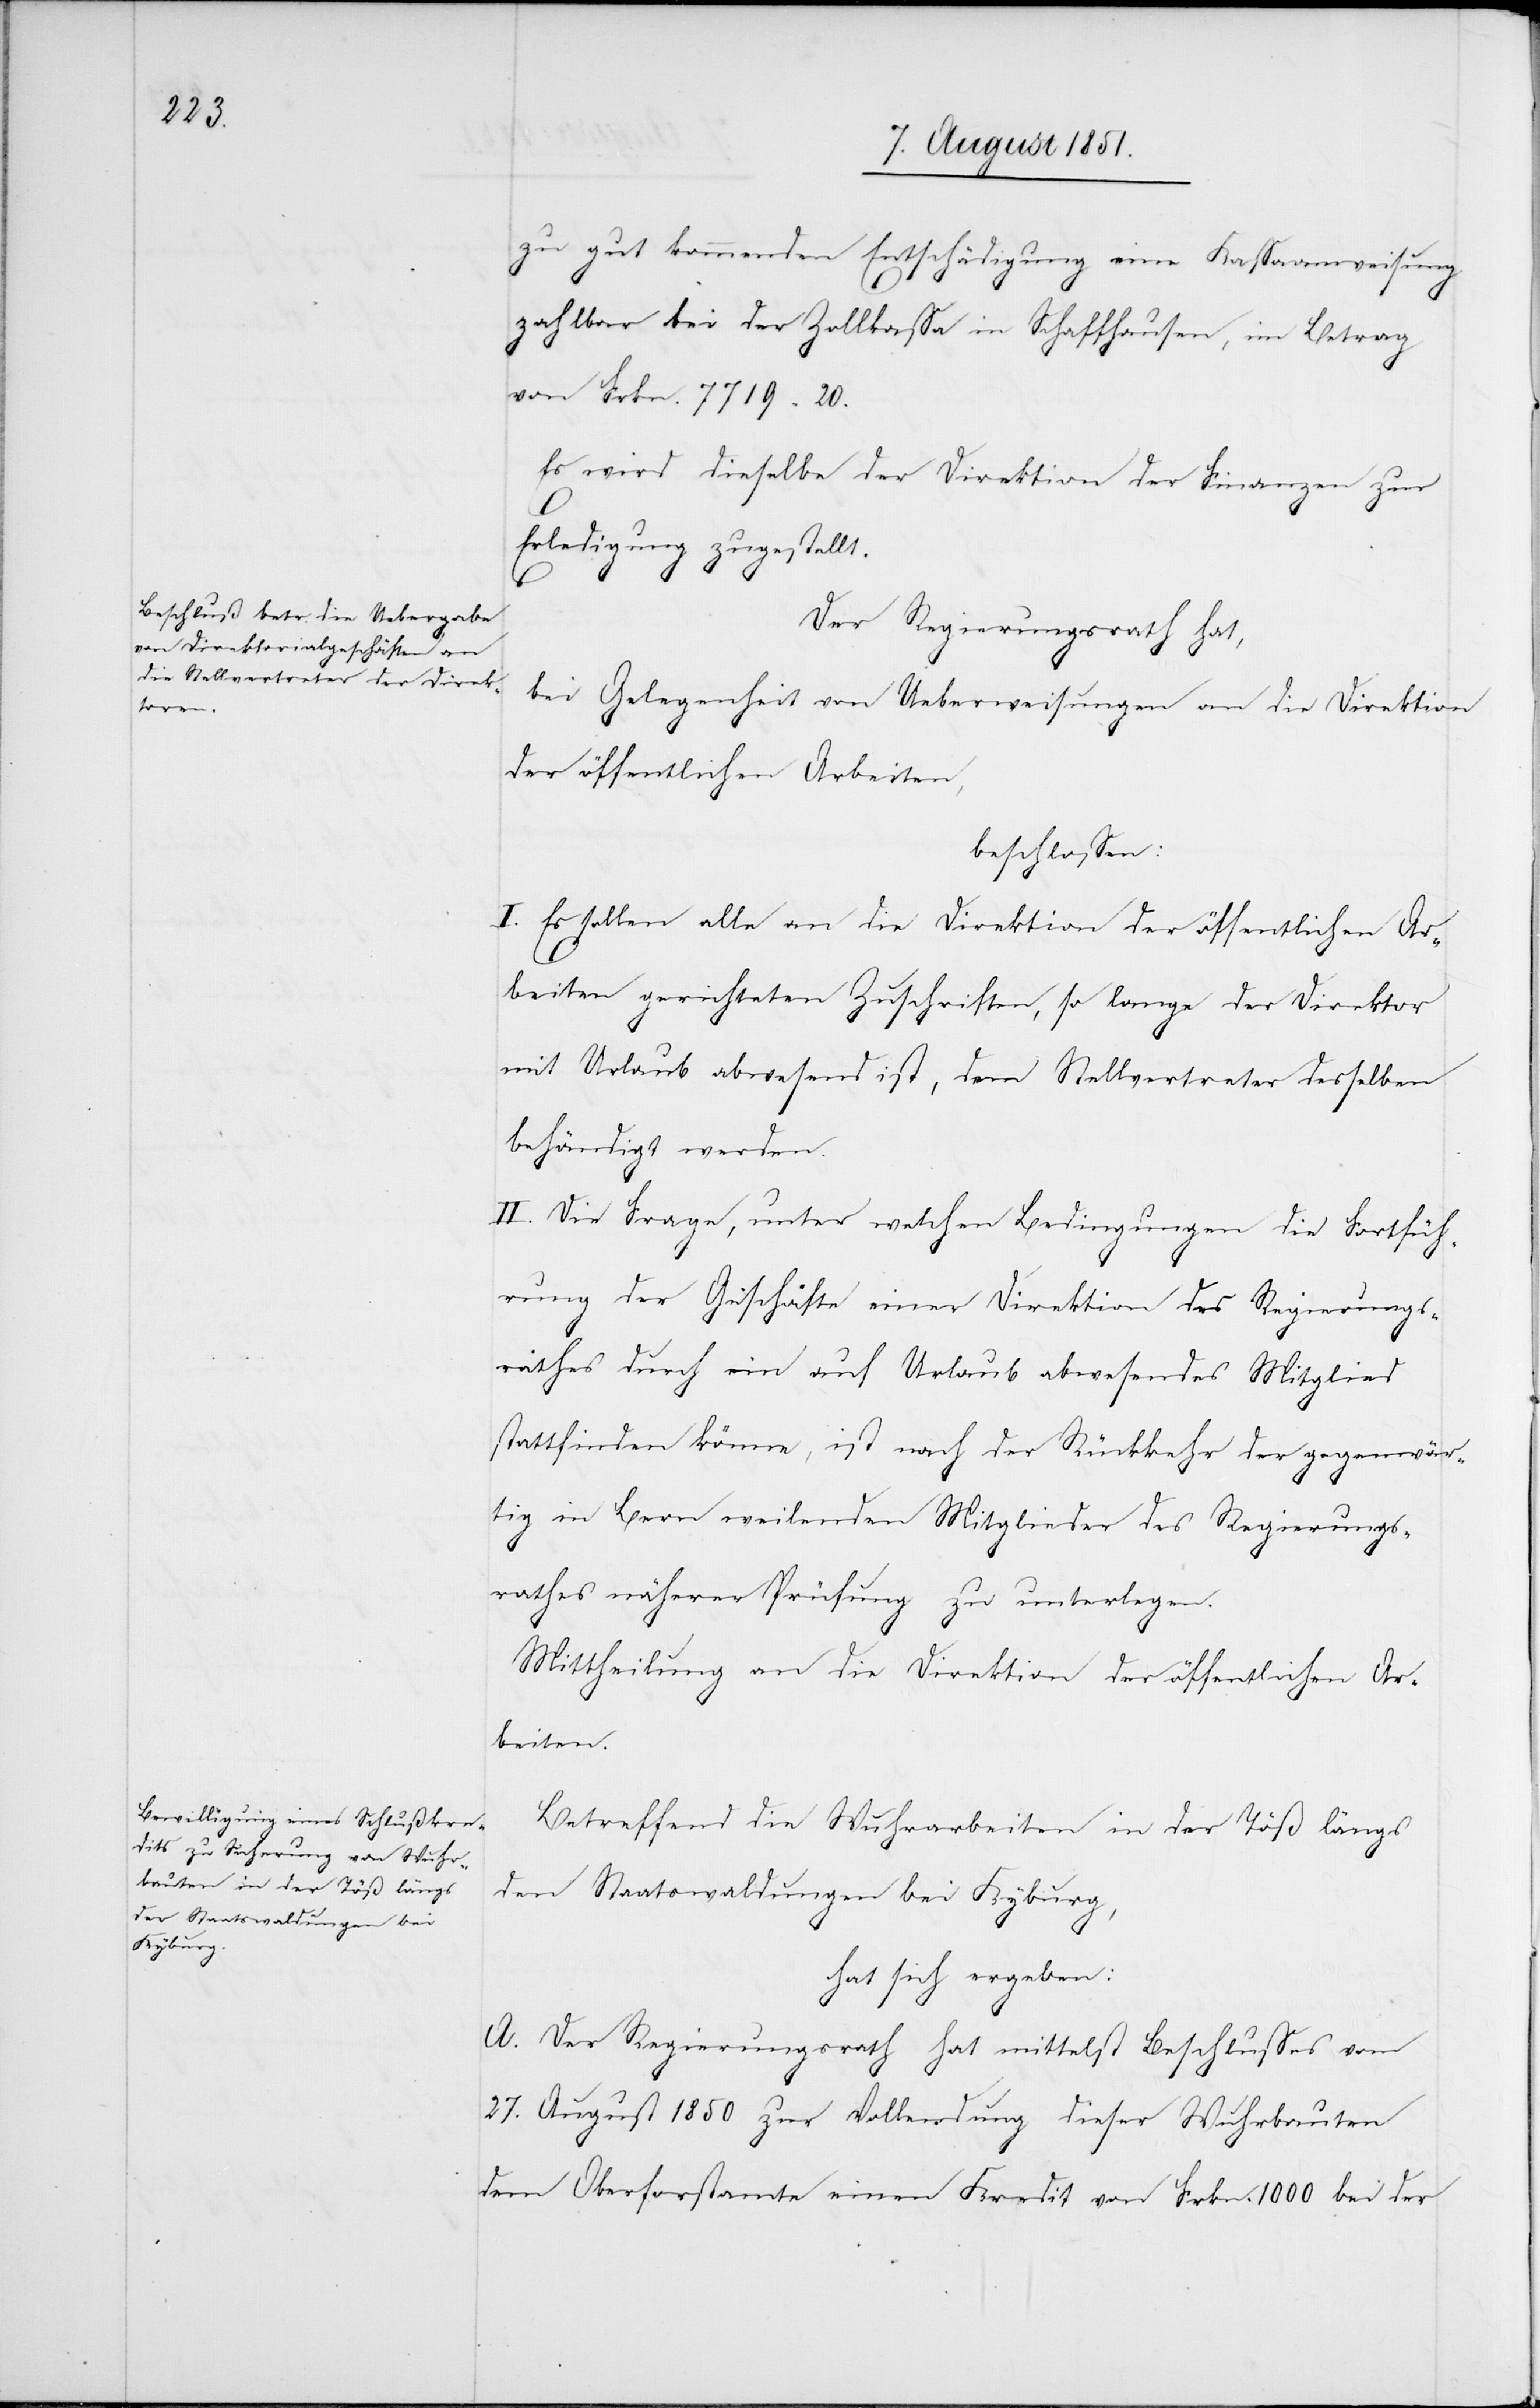
zu gut kommenden Entschädigung eine Kassaanweisung
zahlbar bei der Zollkassa in Schaffhausen, im Betrag
von Frkn. 7719. 20.
Es wird dieselbe der Direktion der Finanzen zur
Erledigung zugestellt.
Der Regierungsrath hat,
bei Gelegenheit von Ueberweisungen an die Direktion
der öffentlichen Arbeiten,
beschlossen:
I. Es sollen alle an die Direktion der öffentlichen Ar¬
beiten gerichteten Zuschriften, so lange der Direktor
mit Urlaub abwesend ist, dem Stellvertreter desselben
behändigt werden.
II. Die Frage, unter welchen Bedingungen die Fortfüh¬
rung der Geschäfte einer Direktion des Regierungs¬
rathes durch ein auf Urlaub abwesendes Mitglied
stattfinden könne, ist nach der Rückkehr der gegenwär¬
tig in Bern weilenden Mitglieder des Regierungs¬
rathes näherer Prüfung zu unterlegen.
Mittheilung an die Direktion der öffentlichen Ar¬
beiten.
Betreffend die Wuhrarbeiten in der Töß längs
den Staatswaldungen bei Kyburg,
hat sich ergeben:
A. Der Regierungsrath hat mittelst Beschlusses vom
27. August 1850 zur Vollendung dieser Wuhrbauten
dem Oberforstamte einen Kredit von Frkn. 1000 bei der